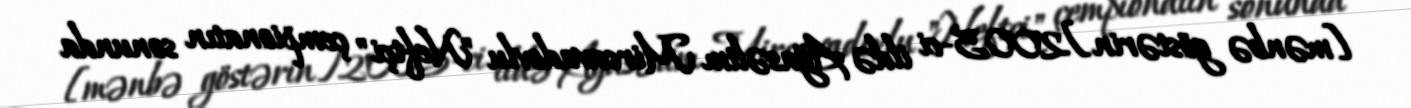
[mənbə göstərin]2005-ci ildə Ağasəlim Mircavadovlu "Neftçi" çempionatın sonunda